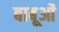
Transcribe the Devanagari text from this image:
बाबूओं